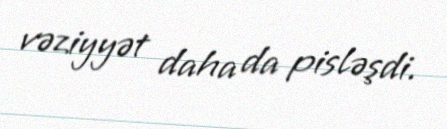
vəziyyət daha da pisləşdi.